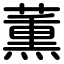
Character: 薫